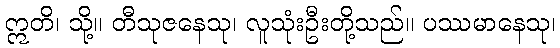
ဣတိ၊ သို့။ တီသုဇနေသု၊ လူသုံးဦးတို့သည်။ ပဿမာနေသု၊